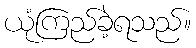
ယုံကြည်ခဲ့ရသည်။